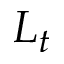
L _ { t }